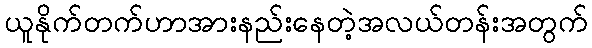
ယူနိုက်တက်ဟာအားနည်းနေတဲ့အလယ်တန်းအတွက်